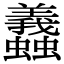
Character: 𧕶